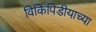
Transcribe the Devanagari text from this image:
विकिपिडीयाच्या